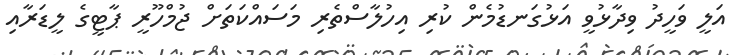
އަލީ ވަހީދު ވިދާޅުވީ އަޅުގަނޑުމެން ކުރި އިހުލާސްތެރި މަސައްކަތަށް ޖުމްހޫރީ ޕާޓީގެ ލީޑަރާއި